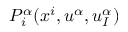
P _ { i } ^ { \alpha } ( x ^ { i } , u ^ { \alpha } , u _ { I } ^ { \alpha } )